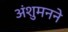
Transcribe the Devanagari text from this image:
अंशुमनने